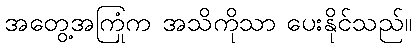
အတွေ့အကြုံက အသိကိုသာ ပေးနိုင်သည်။